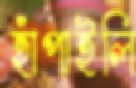
হাঁপাইলি